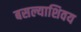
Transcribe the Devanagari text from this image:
बसल्याशिवय